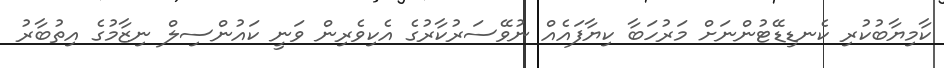
ކާމިޔާބުކުރި ކެނޑިޑޭޓުންނަށް މަރުހަބާ ކިޔާފައެއް ނުވޭސަރުކާރުގެ އެކިވެރިން ވަނީ ކައުންސިލް ނިޒާމުގެ އިތުބާރު